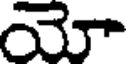
యో